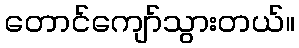
တောင်ကျော်သွားတယ်။